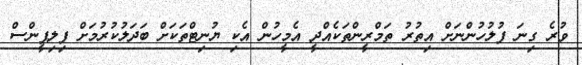
ވުރެ ގިނަ ފުލުހުންނަށް އިތުރު ތަމްރީންތަކެއްދީ އެމީހުން އެކި ޔުނިޓްތަކަށް ބަދަލުކުރުމަށް ފިލިޕީންސް